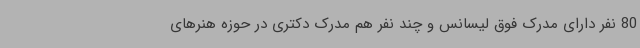
80 نفر دارای مدرک فوق لیسانس و چند نفر هم مدرک دکتری در حوزه هنرهای